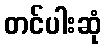
တင်ပါးဆုံ